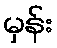
မှန်း